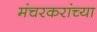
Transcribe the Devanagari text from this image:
मंचरकरांच्या